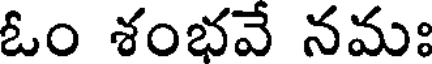
ఓం శంభవే నమః